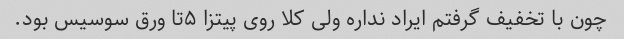
چون با تخفیف گرفتم ایراد نداره ولی کلا روی پیتزا ۵تا ورق سوسیس بود.